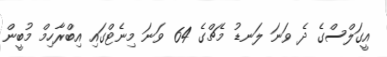
އީގަލްސްގެ ދެ ވަނަ ލަނޑު މެޗްގެ 64 ވަނަ މިނެޓްގައި އިބްރާހިމް މުބީން